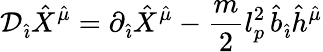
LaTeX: {\cal D}_{\hat{\imath}}{\hat{X}}^{\hat{\mu}}=\partial_{\hat{\imath}}{\hat{X}}^{\hat{\mu}}-\frac{m}{2}l_{p}^{2}\, {\hat{b}}_{\hat{\imath}}{\hat{h}}^{\hat{\mu}}